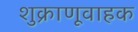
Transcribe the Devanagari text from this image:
शुक्राणूवाहक